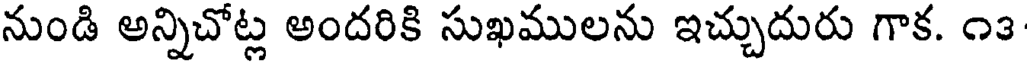
నుండి అన్నిచోట్ల అందరికి సుఖములను ఇచ్చుదురు గాక. ౧౩